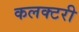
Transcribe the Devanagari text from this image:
कलक्‍टरी